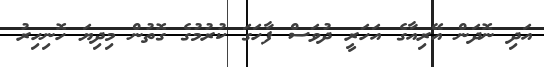
އަދި ނޮދަން އޭރިއާގެ އަހަރީ ދުވަސް ފާހަގަ ކުރުމުގެ ގޮތުން މިދިޔަ ހޮނިހިރު